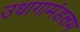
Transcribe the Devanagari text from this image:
उधागामंडलम